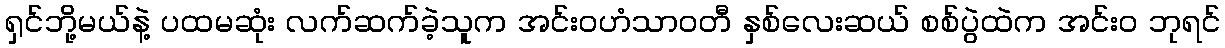
ရှင်ဘို့မယ်နဲ့ ပထမဆုံး လက်ဆက်ခဲ့သူက အင်းဝဟံသာဝတီ နှစ်လေးဆယ် စစ်ပွဲထဲက အင်း၀ ဘုရင်